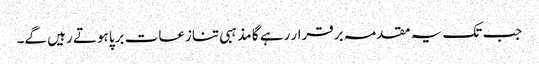
جب تک یہ مقدمہ برقرار رہے گا مذہبی تنازعات برپا ہوتے رہیں گے۔